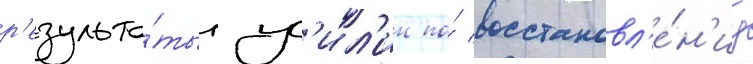
р'езульта́ты ус'ил'ии по́ восстановл'е́н'иу